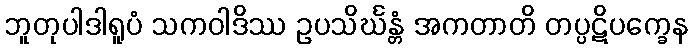
ဘူတုပါဒါရူပံ သကဝါဒိဿ ဥပသိင်္ဃန္တံ အကတာတိ တပ္ပဋိပက္ခေန